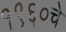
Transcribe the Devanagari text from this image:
१९६०चे